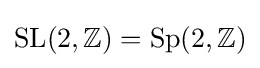
\operatorname {SL} (2,\mathbb {Z} )=\operatorname {Sp} (2,\mathbb {Z} )